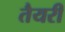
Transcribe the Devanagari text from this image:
तैयरी